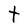
Character: t